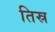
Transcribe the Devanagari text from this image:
तिस्र